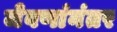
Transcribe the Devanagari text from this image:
जेवणांनंतर